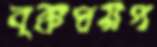
বৃক্কদ্বয়প